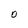
Character: 0